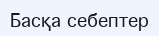
Басқа себептер